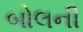
બોલની